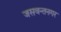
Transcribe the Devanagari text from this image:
जसवन्तनगर